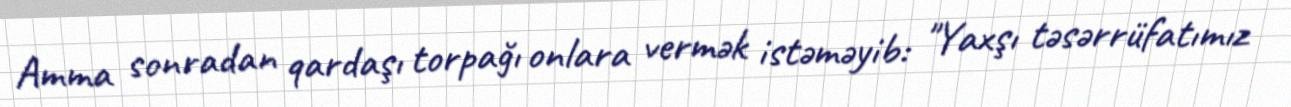
Amma sonradan qardaşı torpağı onlara vermək istəməyib: "Yaxşı təsərrüfatımız